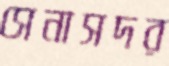
সেনাসদর